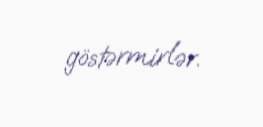
göstərmirlər.